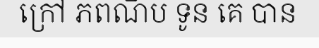
ក្រៅ ភពណិប ទូន គេ បាន